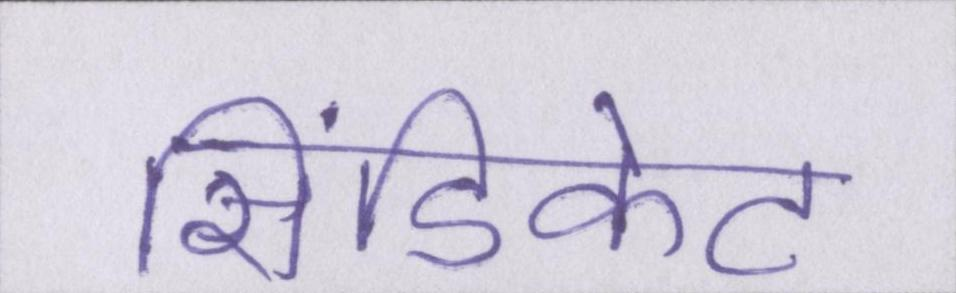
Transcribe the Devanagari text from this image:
सिंडिकेट